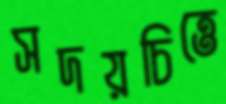
সদয়চিত্তে